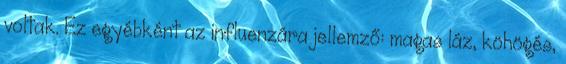
voltak. Ez egyébként az influenzára jellemző: magas láz, köhögés,